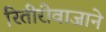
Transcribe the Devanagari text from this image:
रितीरीवाजाने